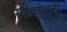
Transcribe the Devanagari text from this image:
स्टीकऐवजी